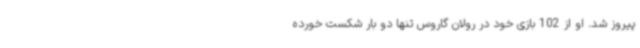
پیروز شد. او از 102 بازی خود در رولان گاروس تنها دو بار شکست خورده